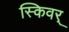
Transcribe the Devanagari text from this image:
स्किवर्